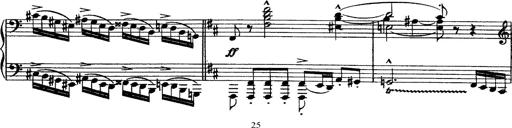
Title: Piano Sonata
Composer: Karl HÃ¤ssler
Key: C major